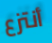
أنتزع